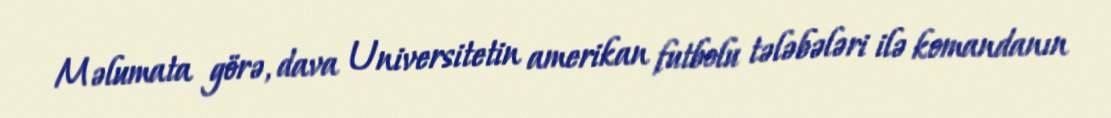
Məlumata görə, dava Universitetin amerikan futbolu tələbələri ilə komandanın